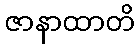
ဇာနာထာတိ